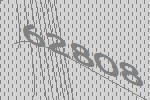
62808